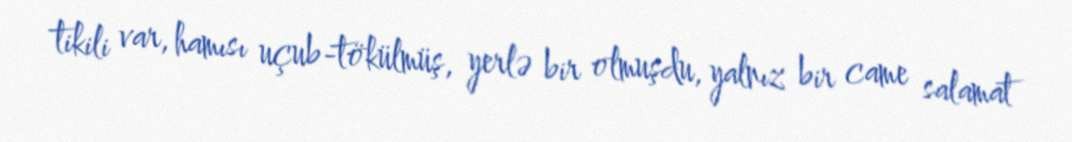
tikili var, hamısı uçub-tökülmüş, yerlə bir olmuşdu, yalnız bir came salamat